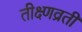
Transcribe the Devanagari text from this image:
तीक्ष्णव्रती